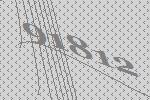
91812